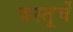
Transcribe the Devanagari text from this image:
वस्तूचें